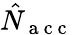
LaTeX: \hat{N}_{\mathrm{~a~c~c~}}